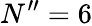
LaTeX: N^{\prime\prime}=6